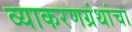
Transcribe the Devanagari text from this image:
व्याकरणग्रंथांचा